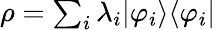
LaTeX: \rho=\textstyle\sum_{i}\lambda_{i}|\varphi_{i}\rangle\langle\varphi_{i}|